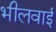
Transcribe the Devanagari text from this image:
भीलवाई